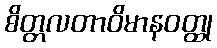
စိတ္တလတာဝိမာနဝတ္ထု